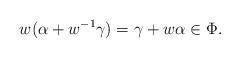
LaTeX: \begin{align*}w(\alpha+w^{-1}\gamma) = \gamma+w\alpha \in \Phi.\end{align*}